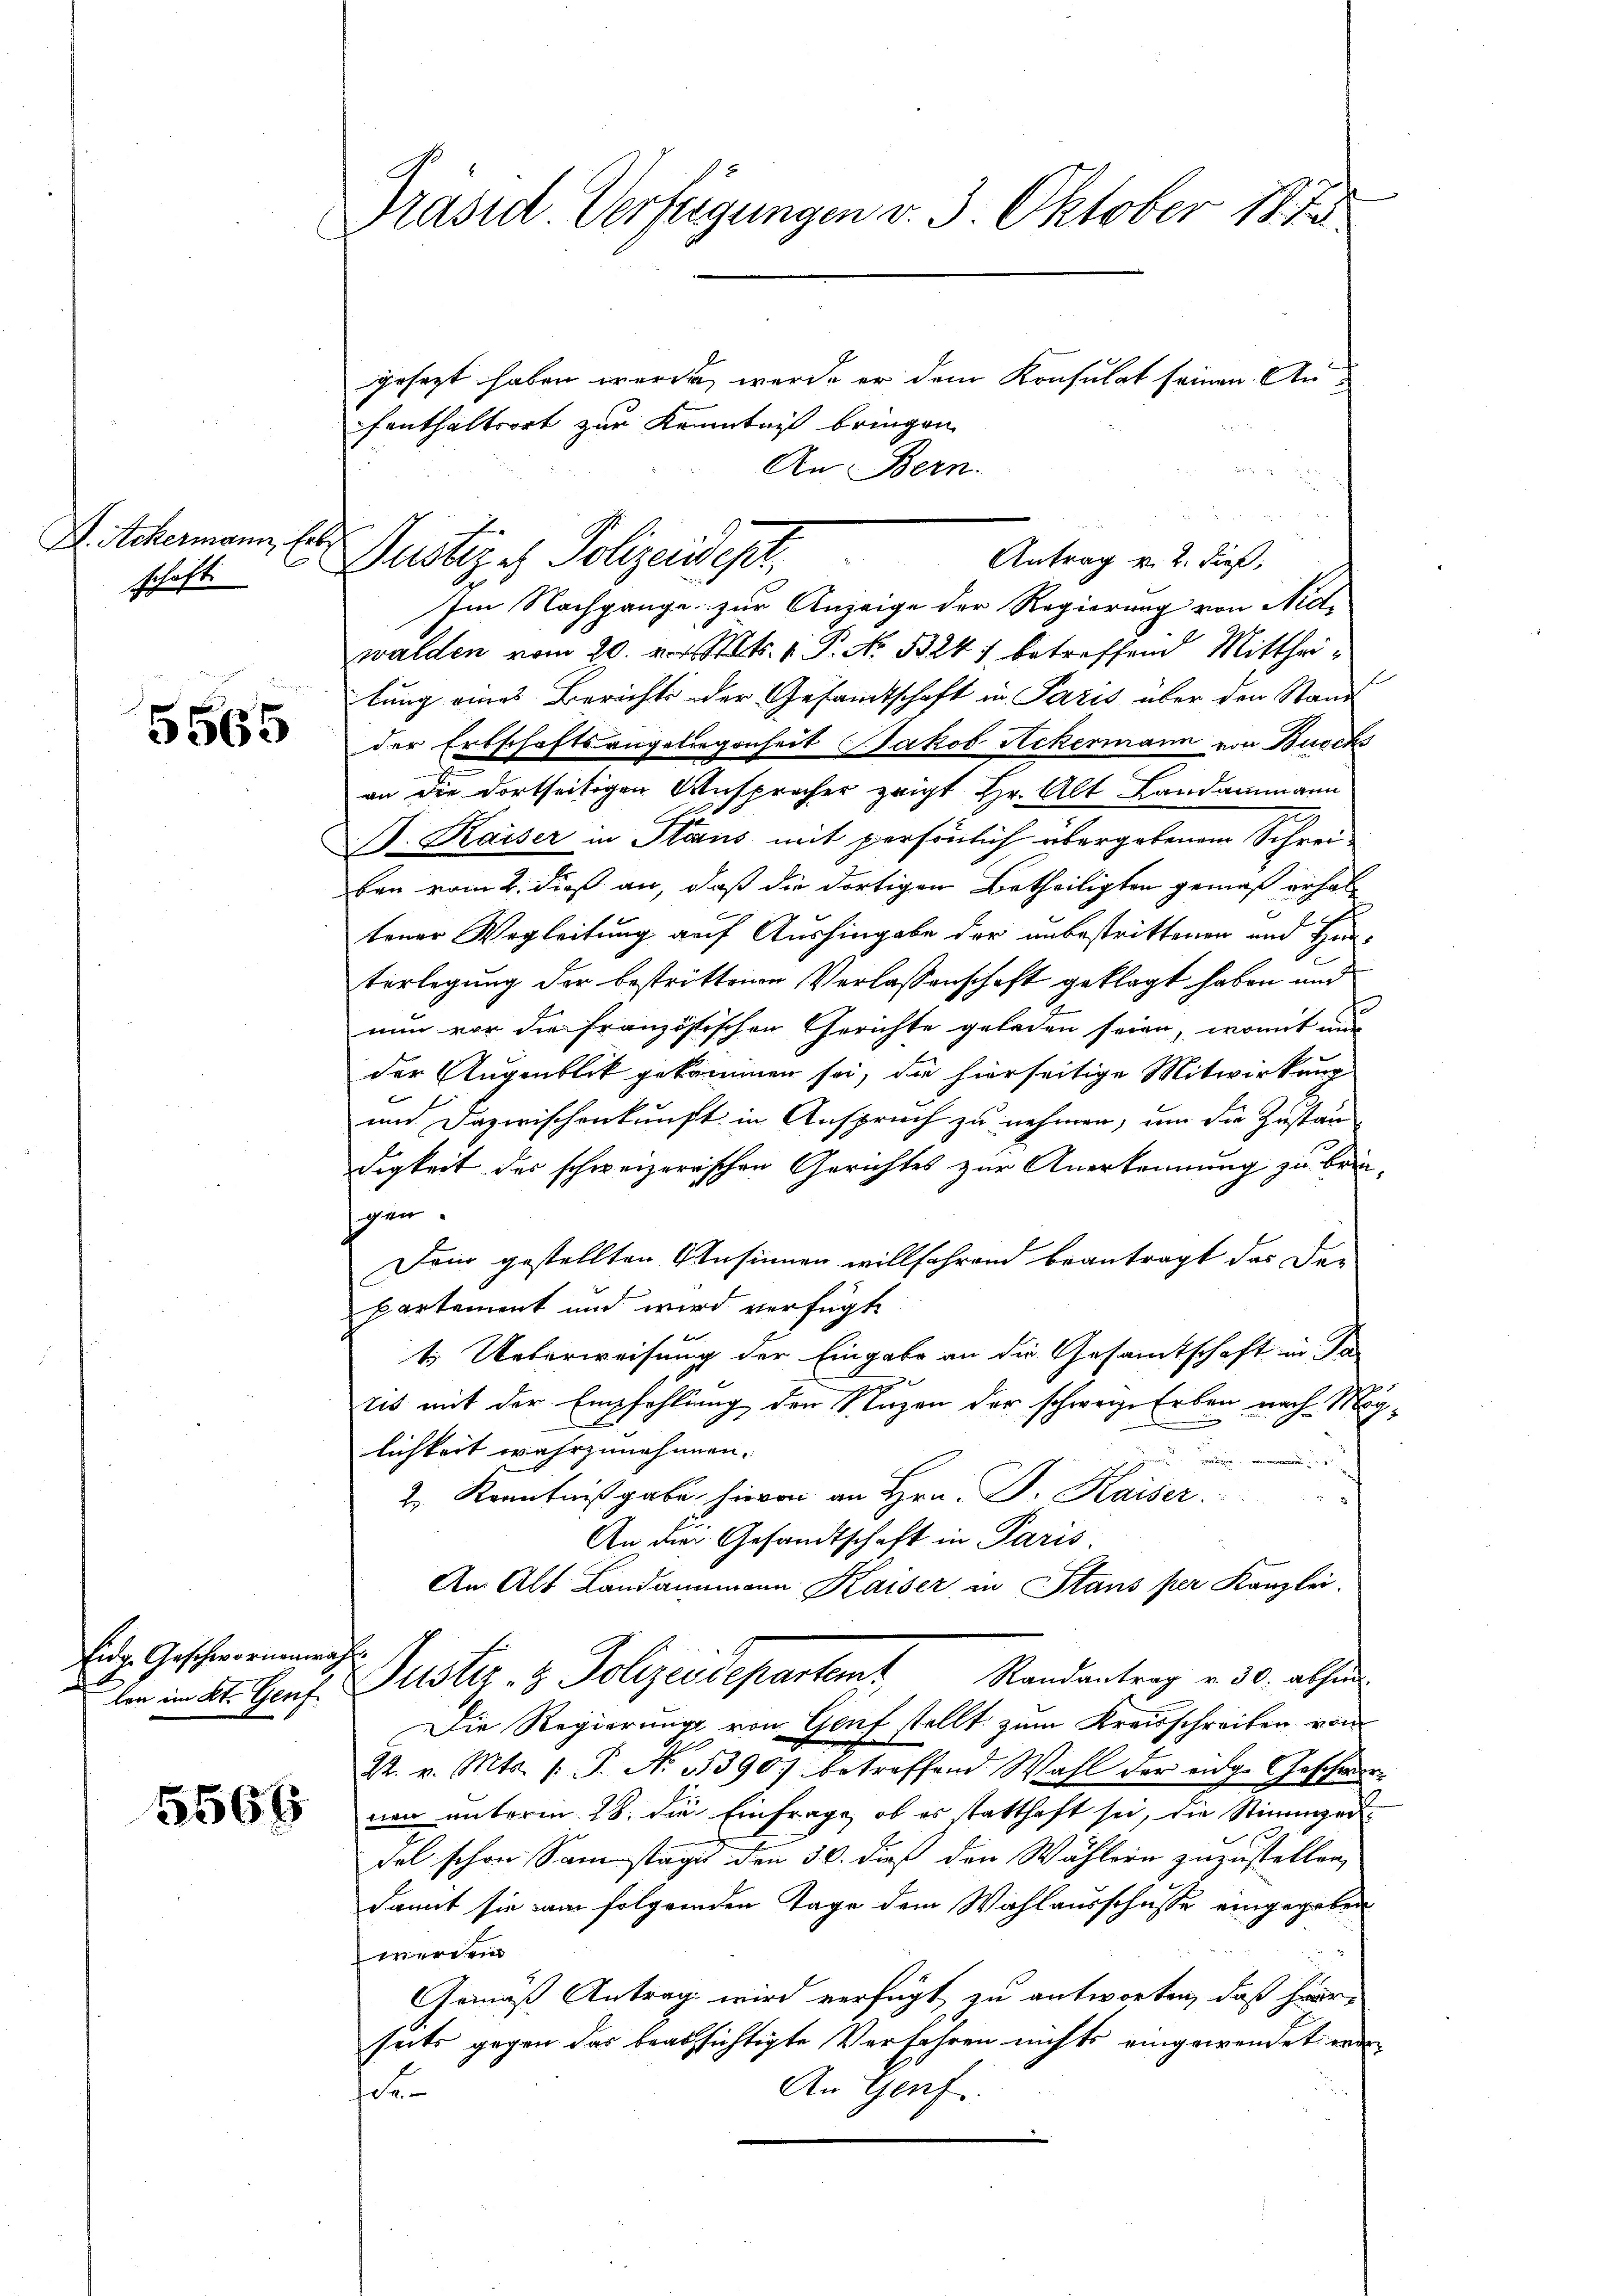
D. Ackermann, Erb
schaft

5565

Eidg. Geschwornah

Präsid. Verfügungen v. 3. Oktober 187

gesezt haben wurde, werde er dem Konsulat seinen Anfenthaltsort zur Kenntniß bringen
An Bern.
Dustiz es Polizeidest.
Antrag v. 2. dieß,

Im Nachgange zur Anzeige der Regierung von Nid-
walden vom 20. v. Mts. v. P. No. 53247 betreffend Mittheilung eines Berichts der Gesandtschaft in Paris über den Stand
der Erbschaftsangeliegenheit Jakob Ackermann von Buschs
an die dortseitigen Ansprecher zeigt Hr. Alt Landammann
B. Kaiser in Stains mit persönlich übergebenem Schrei-
ben vom 2. dieß an, daß die dortigen Betheiligten gemäß erhaltener Wegleitung auf Aushingabe der unbestrittenen und Heiterlegung der bestrittenen Verlassenschaft geklagt haben und
nun vor die französischen Gerichte geladen seien, womit mir
der Augenblick gekommen sei, die hierseitige Mitwirkung
und Dazwischenkunft in Anspruch zu nehmen, um die Zustan
digkeit des schweizerischen Gerichtes zur Anerkennung zu bringen.
Dein gestellten Ansinnen willfahrend beantragt das De-
partement und wird verfügt
t Ueberweisung der Eingabe an die Gesamtschaft in Sa
ris mit der Empfehlung den Nuzen der schweiz. Erben nach Mag
lichkeit wahrzunehmen.
e
2. Kenntnißgabe, hievon an Hrn. Dr. Kaiser
An die Gesandtschaft in Paris.
An Alt Landammann Kaiser in Stans per Kanzlei.
den in St. Genf Justiz- & Polizeidepartent Randantrag v. 30. absen
Die Regierung von Genf stellt zum Kreisschreiben vom
22. v. Mts. 1. P. No 1390) betreffend Wahl der eidge Geschwer¬
 neu unterm 28. die Einfrage, ob es statthaft sei, die Stimmgendel schon Samstages den 30. dieß den Wählern zuzustellen,
damit sie am folgenden Tage dem Wahlausschusse eingegeben
werden
Gemäß Antrag wird verfügt zu antworten, daß herseits gegen das beabsichtigte Verfahren nichts eingewendet enden
An Genf.
f